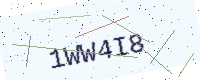
Text: 1WW4I8